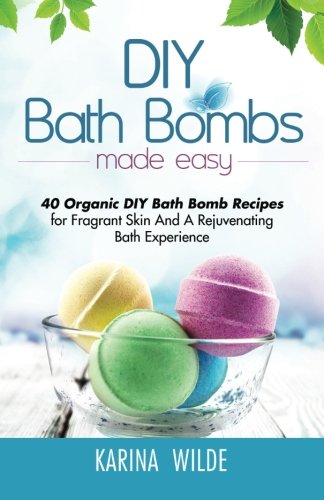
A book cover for DIY Bath Bombs Made Easy: 40 Organic DIY Bath Bomb Recipes for Fragrant Skin And A Rejuvenating Bath Experience; Karina Wilde; Crafts, Hobbies & Home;